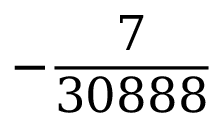
- \frac { 7 } { 3 0 8 8 8 }